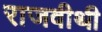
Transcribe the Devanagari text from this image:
राजवीथी